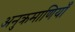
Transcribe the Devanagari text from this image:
अनुक्रमाणियाँ